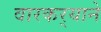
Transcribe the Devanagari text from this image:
वारकर्‍याने